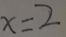
x = 2